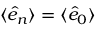
\langle \hat { e } _ { n } \rangle = \langle \hat { e } _ { 0 } \rangle